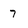
Character: 7